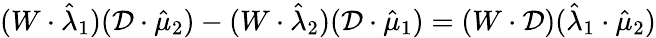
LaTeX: ({W\cdot\hat{\lambda}_{1}})(\mathcal{D}\cdot\hat{\mu}_{2})-({W\cdot\hat{\lambda}_{2}})(\mathcal{D}\cdot\hat{\mu}_{1})=(W\cdot\mathcal{D})(\hat{\lambda}_{1}\cdot\hat{\mu}_{2})